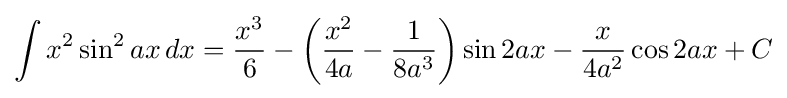
\int x^{2}\sin ^{2}{ax}\,dx={\frac {x^{3}}{6}}-\left({\frac {x^{2}}{4a}}-{\frac {1}{8a^{3}}}\right)\sin 2ax-{\frac {x}{4a^{2}}}\cos 2ax+C